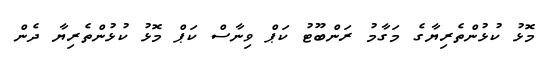
މޮޅު ކުޅުންތެރިޔާގެ މަގާމު ރަންބޫޓު ކަޕް ވިނާސް ކަޕް މޮޅު ކުޅުންތެރިޔާ ދެން